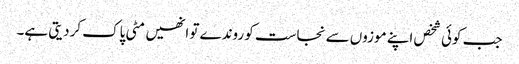
جب کوئی شخص اپنے موزوں سے نجاست کو روندے تو انھیں مٹی پاک کردیتی ہے۔